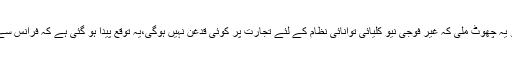
2008 میں نیو کلیئر سپلائرز گروپ کی جانب سے جو یہ چھوٹ ملی کہ غیر فوجی نیو کلیائی توانائی نظام کے لئے تجارت پر کوئی قدغن نہیں ہوگی،یہ توقع پیدا ہو گئی ہے کہ فرانس سے ہندوستان کو سپلائی کی صورت حال کافی بہتر ہوگی۔